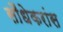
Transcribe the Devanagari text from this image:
सौंधेकरांस